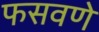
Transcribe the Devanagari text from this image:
फसवणे